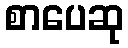
စာပေဆု